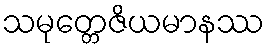
သမုတ္တေဇိယမာနဿ